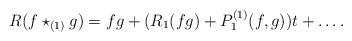
\begin{align*}R(f \star_{(1)} g) = fg + (R_1(fg) + P^{(1)}_1(f,g))t + \dots .\end{align*}